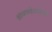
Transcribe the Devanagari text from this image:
श्रावणबेलगोला